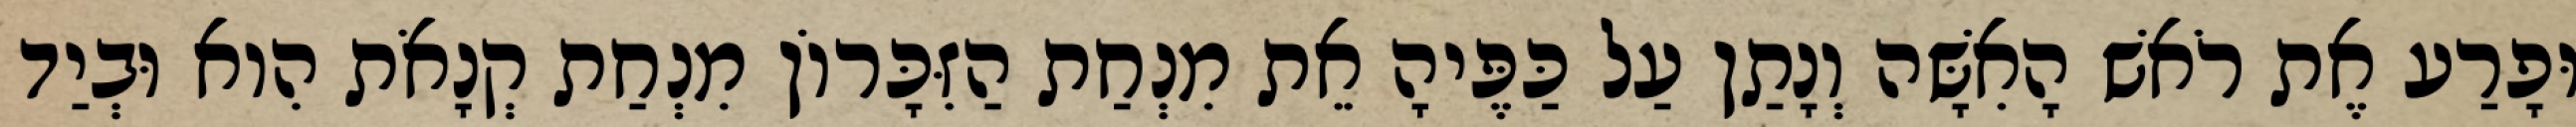
וּפָרַע אֶת רֹאשׁ הָאִשָּׁה וְנָתַן עַל כַּפֶּיהָ אֵת מִנְחַת הַזִּכָּרוֹן מִנְחַת קְנָאֹת הִוא וּבְיַד